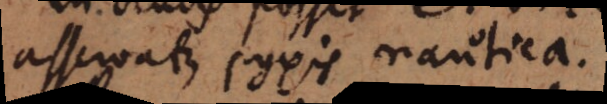
asservatur pyxis nautica.